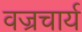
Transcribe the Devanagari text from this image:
वज्रचार्य